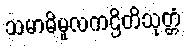
သမာဓိမူလကဌိတိသုတ္တံ